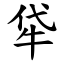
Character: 牮